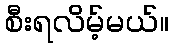
စီးရလိမ့်မယ်။